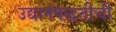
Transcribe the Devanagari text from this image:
उद्यानपद्धतीची